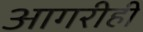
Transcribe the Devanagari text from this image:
आगरीही